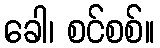
ခေါ၊ စင်စစ်။